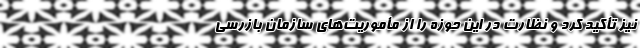
نیز تأکید کرد و نظارت در این حوزه را از مأموریت‌های سازمان بازرسی